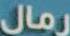
رمال